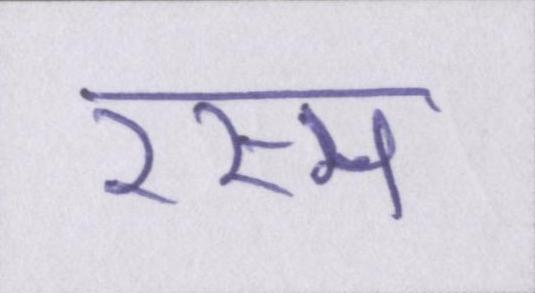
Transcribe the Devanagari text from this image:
रस्म